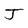
Character: J